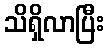
သိရှိလာပြီး